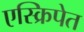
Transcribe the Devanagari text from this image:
एस्क्रिपेत